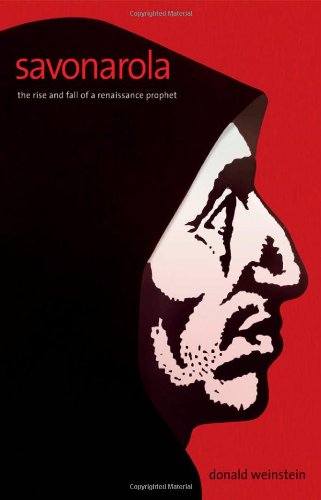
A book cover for Savonarola: The Rise and Fall of a Renaissance Prophet; Donald Weinstein; Literature & Fiction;